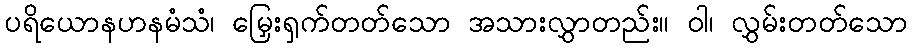
ပရိယောနဟနမံသံ၊ မြှေးရှက်တတ်သော အသားလွှာတည်း။ ဝါ၊ လွှမ်းတတ်သော